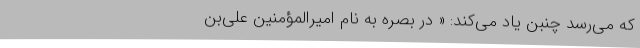
که می‌رسد چنبن یاد می‌کند: « در بصره به نام امیر‌المؤمنین علی‌بن